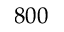
8 0 0